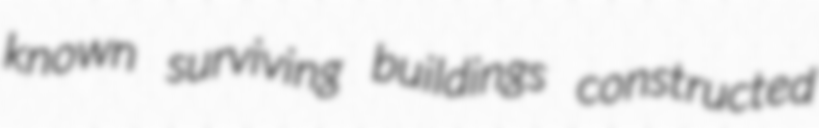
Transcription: known surviving buildings constructed